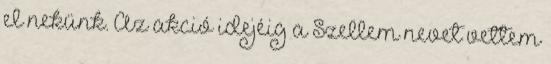
el nekünk. Az akció idejéig a Szellem nevet vettem